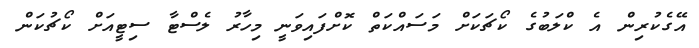
އޭގެކުރިން އެ ކްލަބުގެ ކޯޗަކަށް މަސައްކަތް ކޮށްފައިވަނީ މިހާރު ލެސްޓާ ސިޓީއަށް ކޯޗުކަން